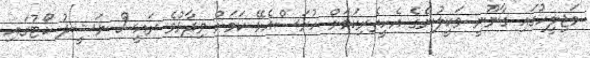
މަޖިލީހުގައި ގާނޫނީ ވަކީލުންގެ އެހީތެރިކަމަށް ހުރަސްއެޅޭ ކަމަށް ވިދާޅުވެ ރައީސް ނަޝީދު ކޯޓުގައި